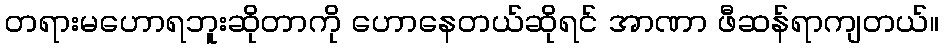
တရားမဟောရဘူးဆိုတာကို ဟောနေတယ်ဆိုရင် အာဏာ ဖီဆန်ရာကျတယ်။